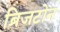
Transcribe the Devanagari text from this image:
ब्रिजटोन